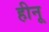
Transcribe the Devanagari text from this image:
हीनू